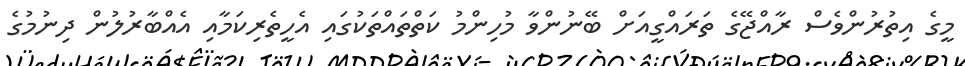
މީގެ އިތުރުންވެސް ރާއްޖޭގެ ތަރައްގީއަށް ބޭނުންވާ މުހިންމު ކަތްތައްތަކުގައި އެހީތެރިކަމާއި އެއްބާރުލުން ދިނުމުގެ